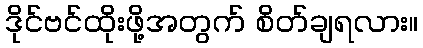
ဒိုင်ဗင်ထိုးဖို့အတွက် စိတ်ချရလား။